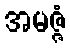
အမဇ္ဇံ